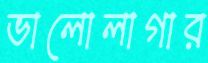
ভালোলাগার